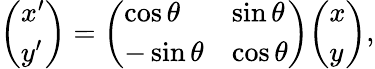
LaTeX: {\left(\begin{array}{l}{x^{\prime}}\\ {y^{\prime}}\end{array}\right)}={\left(\begin{array}{ll}{\cos\theta}&{\sin\theta}\\ {-\sin\theta}&{\cos\theta}\end{array}\right)}{\left(\begin{array}{l}{x}\\ {y}\end{array}\right)},